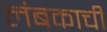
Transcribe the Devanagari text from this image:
लंबकाची